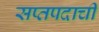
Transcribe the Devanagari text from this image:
सप्तपदाची